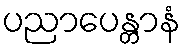
ပညာပေန္တာနံ